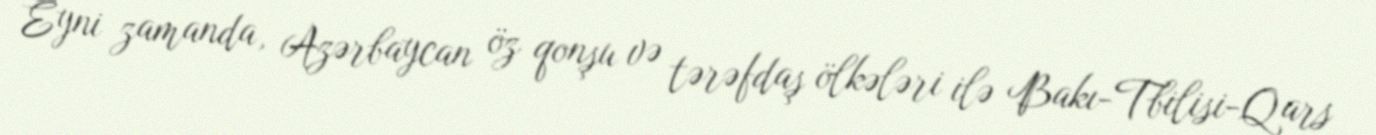
Eyni zamanda, Azərbaycan öz qonşu və tərəfdaş ölkələri ilə Bakı-Tbilisi-Qars